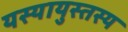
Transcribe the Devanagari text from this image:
यस्यायुस्तस्य